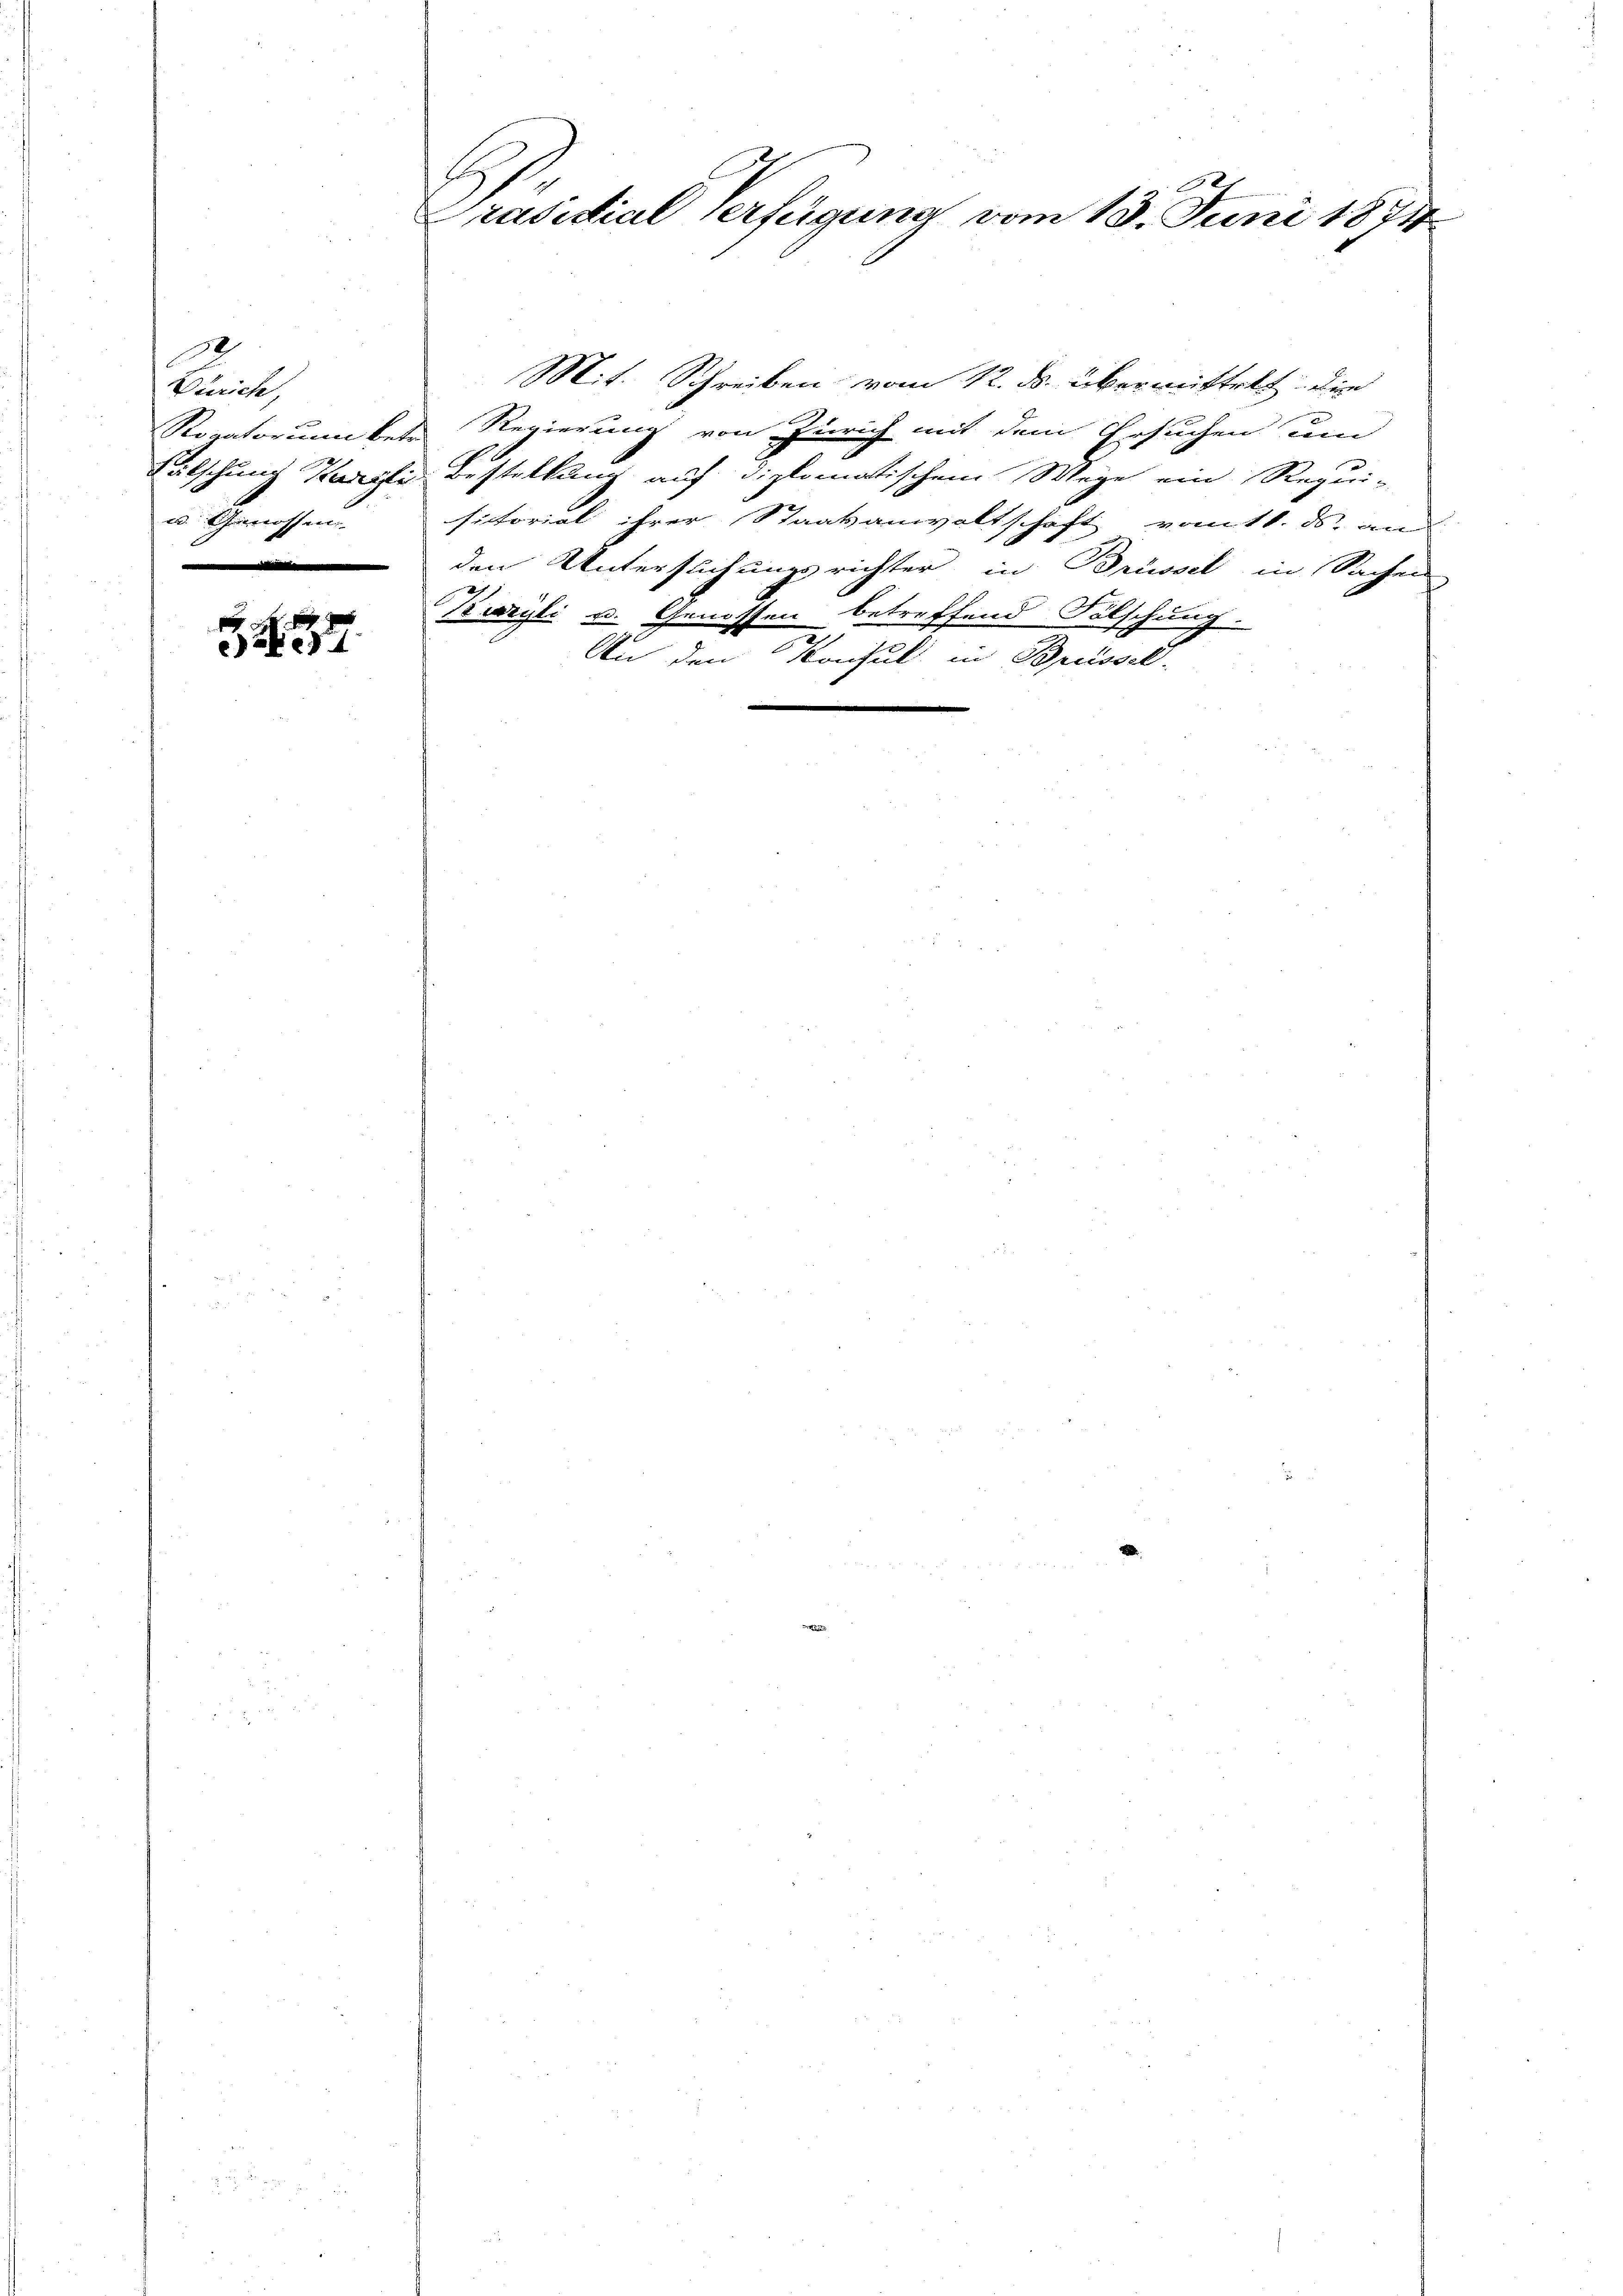
1
Zürich,
Wälschung Kanzli
u. Schnerrassen
.

d
f
aedt

B
Präsidial Verfügung vom 13. Juni 1874

Mit. Schreiben vom 12. ds. übermittelt. Die
Roratorium betr. Regierung von Zürich mit dem Ersuchen um
Bestellung auf diplomatischem Wege ein Requi-
sitorial ihrer Staatsanwaltschaft vom 11. ds. in
den Untersuchungsrichter in Brüssel in Sachen
Kieryli u. Genossen betreffend Fölschung.
An den Konsul in Brüssel-